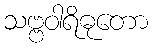
သဗ္ဗဝါရိဓုတော